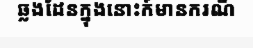
ឆ្លងដែនក្នុងនោះក៍មានករណី